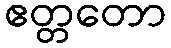
ဧတ္တတော